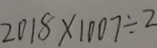
2 0 1 8 \times 1 0 0 7 \div 2